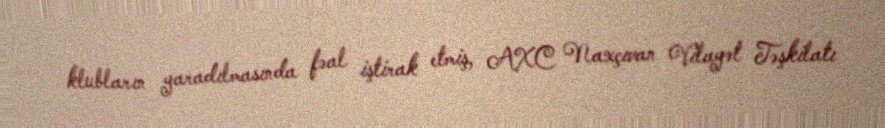
klubların yaradılmasında fəal iştirak etmiş, AXC Naxçıvan Vilayət Təşkilatı